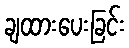
ချထားပေးခြင်း